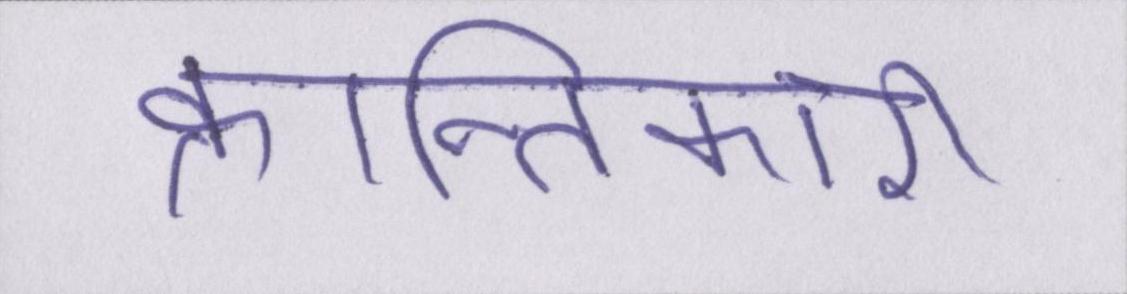
क्रान्तिकारी